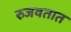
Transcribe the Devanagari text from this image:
रुजवतात